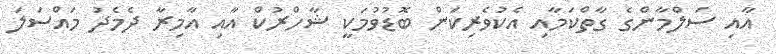
އާއި ސަލްމާންގެ ގާތްކަމާއި އެކުވެރިކަން ބޮޑުވުމަކީ ޝާހްރުކް އާއި އާމިރާ ދެމެދު މައްސަލަ